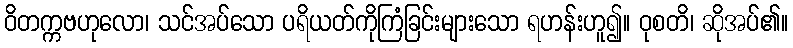
ဝိတက္ကဗဟုလော၊ သင်အပ်သော ပရိယတ်ကိုကြံခြင်းများသော ရဟန်းဟူ၍။ ဝုစတိ၊ ဆိုအပ်၏။